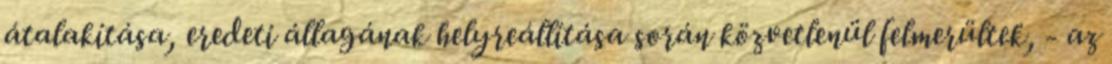
átalakítása, eredeti állagának helyreállítása során közvetlenül felmerültek, - az